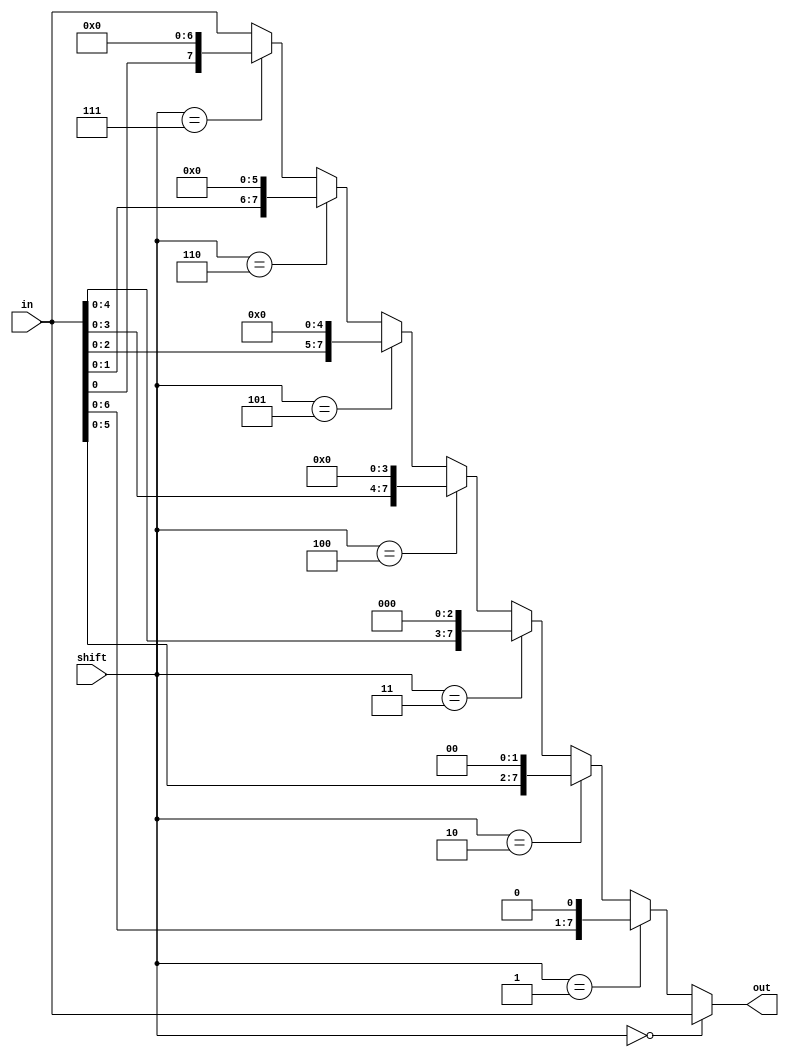
module barrel_shifter(in, shift, out);
input  [7:0] in;
input  [2:0] shift;
output [7:0] out;

/*Write your code here*/
assign out = (shift == 3'b000) ? in :
             (shift == 3'b001) ? {in[6:0],1'b0} :
             (shift == 3'b010) ? {in[5:0],2'b0} :
             (shift == 3'b011) ? {in[4:0],3'b0} :
             (shift == 3'b100) ? {in[3:0],4'b0} :
             (shift == 3'b101) ? {in[2:0],5'b0} :
             (shift == 3'b110) ? {in[1:0],6'b0} :
             (shift == 3'b111) ? {in[0],7'b0} : in;

/*End of code*/
endmodule